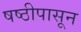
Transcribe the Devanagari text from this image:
षष्ठीपासून